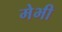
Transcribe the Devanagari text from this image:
मेभी